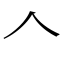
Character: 𠆢